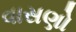
વાસણો